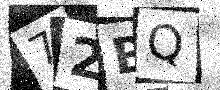
Text: 72BQ